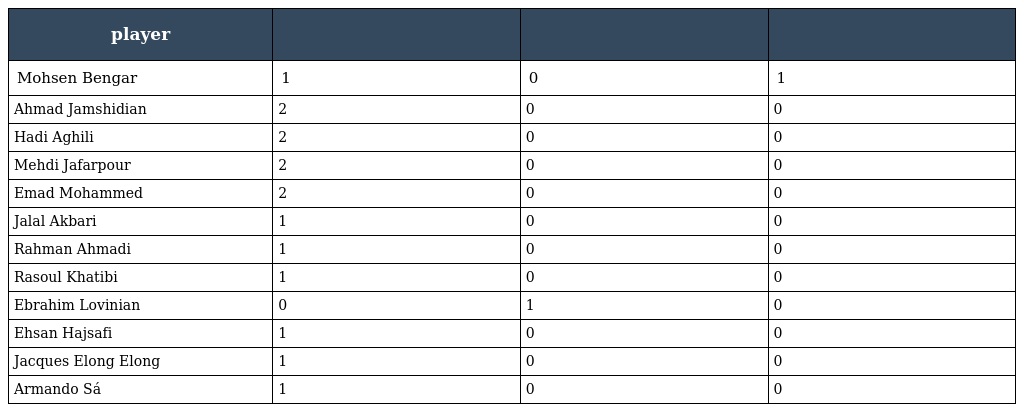
| player |  |  |  |
 | --- | --- | --- | --- |
 | Mohsen Bengar | 1 | 0 | 1 |
 | Ahmad Jamshidian | 2 | 0 | 0 |
 | Hadi Aghili | 2 | 0 | 0 |
 | Mehdi Jafarpour | 2 | 0 | 0 |
 | Emad Mohammed | 2 | 0 | 0 |
 | Jalal Akbari | 1 | 0 | 0 |
 | Rahman Ahmadi | 1 | 0 | 0 |
 | Rasoul Khatibi | 1 | 0 | 0 |
 | Ebrahim Lovinian | 0 | 1 | 0 |
 | Ehsan Hajsafi | 1 | 0 | 0 |
 | Jacques Elong Elong | 1 | 0 | 0 |
 | Armando Sá | 1 | 0 | 0 |